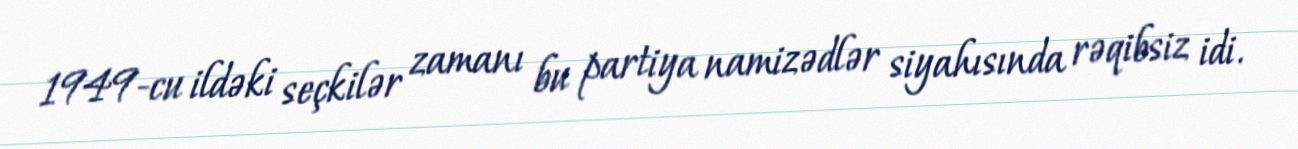
1949-cu ildəki seçkilər zamanı bu partiya namizədlər siyahısında rəqibsiz idi.